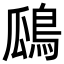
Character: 𪀅